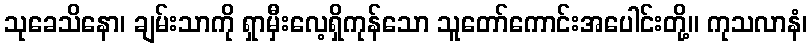
သုခေသိနော၊ ချမ်းသာကို ရှာမှီးလေ့ရှိကုန်သော သူတော်ကောင်းအပေါင်းတို့။ ကုသလာနံ၊